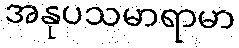
အနုပသမာရာမာ